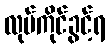
လုပ်ကိုင်ခွင့်ရ